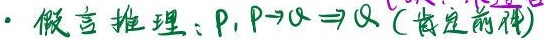
- 假言推理：$P, P \to Q \Rightarrow Q$（肯定前件）